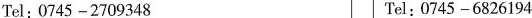
Tel;0745 -2709348 Tel:0745 -6826194